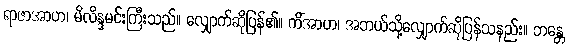
ရာဇာအာဟ၊ မိလိန္ဒမင်းကြီးသည်။ လျှောက်ဆိုပြန်၏။ ကိံအာဟ၊ အဘယ်သို့လျှောက်ဆိုပြန်သနည်း။ ဘန္တေ